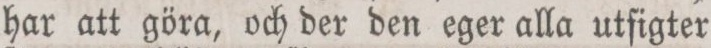
har att göra, och der den eger alla utfigter